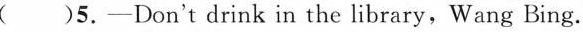
( )5.-Don't drink in the library,Wang Bing.